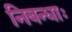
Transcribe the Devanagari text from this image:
निबन्धाः